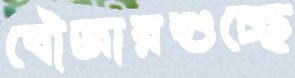
বৌজারশুচ্ছে